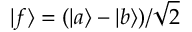
\vert f \rangle = ( \vert a \rangle - \vert b \rangle ) / \sqrt { 2 }